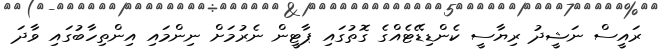
ރައީސް ނަޝީދު ރިޔާސީ ކެންޑިޑޭޓެއްގެ ގޮތުގައި ޕާޓީން ނެރުމަށް ނިންމައި އިންތިހާބުގައި ވާދަ